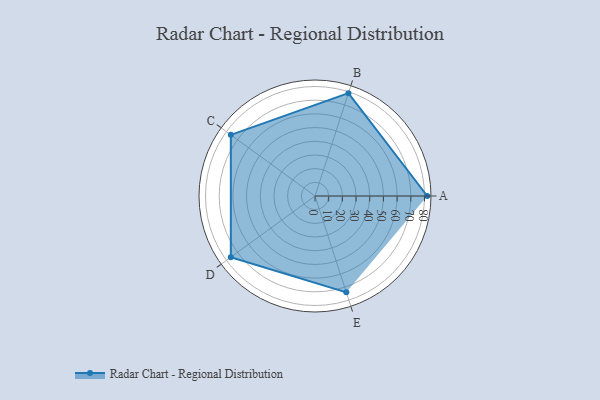
{"axis": {"x": "Skill", "y": "Score"}, "legend": ["Profile"], "data": [{"x": "A", "y": 82.0, "type": "Profile"}, {"x": "B", "y": 79.0, "type": "Profile"}, {"x": "C", "y": 76.0, "type": "Profile"}, {"x": "D", "y": 76.0, "type": "Profile"}, {"x": "E", "y": 74.0, "type": "Profile"}]}